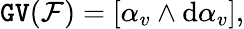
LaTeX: \mathtt{GV}({\mathcal F})=[\alpha_{v}\wedge\mathrm{d}\alpha_{v}],